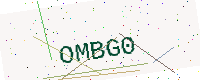
Text: OMBG0